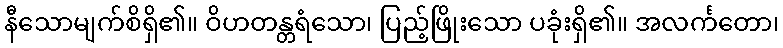
နီသောမျက်စိရှိ၏။ ဝိဟတန္တရံသော၊ ပြည့်ဖြိုးသော ပခုံးရှိ၏။ အလင်္ကတော၊